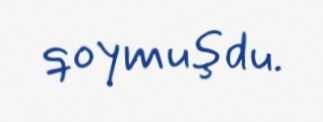
qoymuşdu.